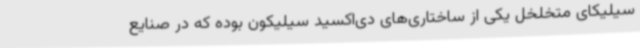
سیلیکای متخلخل یکی از ساختاری‌های دی‌اکسید سیلیکون بوده که در صنایع